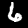
Label: 6